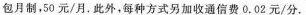
包月制，50元/月。此外，每种方式另加收通信费0.02元/分。